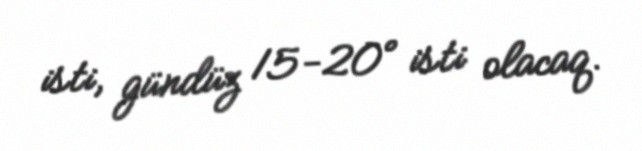
isti, gündüz 15-20° isti olacaq.